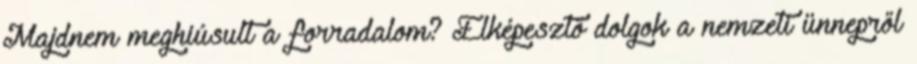
Majdnem meghiúsult a forradalom? Elképesztő dolgok a nemzeti ünnepről